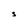
Character: S